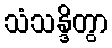
သံသန္ဒိတွာ